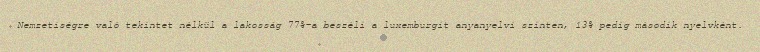
Nemzetiségre való tekintet nélkül a lakosság 77%-a beszéli a luxemburgit anyanyelvi szinten, 13% pedig második nyelvként.